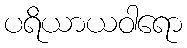
ပရိယာယဝါရော